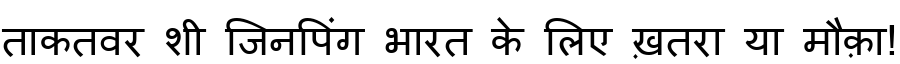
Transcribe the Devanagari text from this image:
ताकतवर शी जिनपिंग भारत के लिए ख़तरा या मौक़ा!